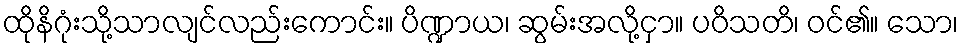
ထိုနိဂုံးသို့သာလျင်လည်းကောင်း။ ပိဏ္ဍာယ၊ ဆွမ်းအလို့ငှာ။ ပဝိသတိ၊ ဝင်၏။ သော၊